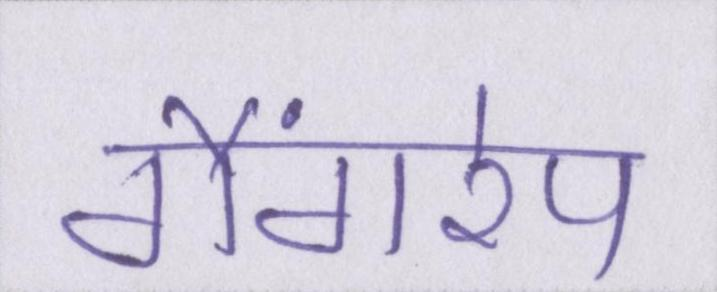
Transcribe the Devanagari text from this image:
गैंगरेप